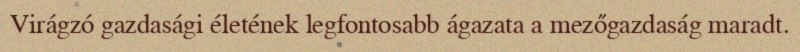
Virágzó gazdasági életének legfontosabb ágazata a mezőgazdaság maradt.